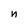
Character: n